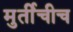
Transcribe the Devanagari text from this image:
मुर्तीचीच